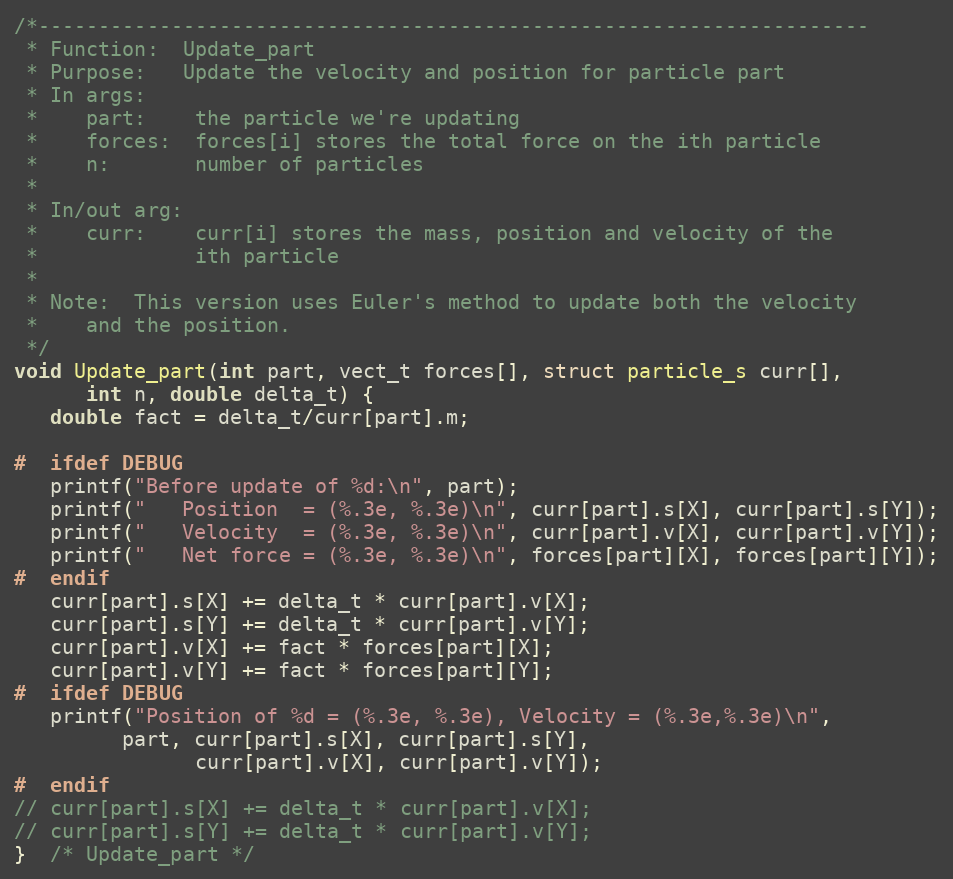
Language: C
/*---------------------------------------------------------------------
 * Function:  Update_part
 * Purpose:   Update the velocity and position for particle part
 * In args:
 *    part:    the particle we're updating
 *    forces:  forces[i] stores the total force on the ith particle
 *    n:       number of particles
 *
 * In/out arg:
 *    curr:    curr[i] stores the mass, position and velocity of the
 *             ith particle
 *
 * Note:  This version uses Euler's method to update both the velocity
 *    and the position.
 */
void Update_part(int part, vect_t forces[], struct particle_s curr[],
      int n, double delta_t) {
   double fact = delta_t/curr[part].m;

#  ifdef DEBUG
   printf("Before update of %d:\n", part);
   printf("   Position  = (%.3e, %.3e)\n", curr[part].s[X], curr[part].s[Y]);
   printf("   Velocity  = (%.3e, %.3e)\n", curr[part].v[X], curr[part].v[Y]);
   printf("   Net force = (%.3e, %.3e)\n", forces[part][X], forces[part][Y]);
#  endif
   curr[part].s[X] += delta_t * curr[part].v[X];
   curr[part].s[Y] += delta_t * curr[part].v[Y];
   curr[part].v[X] += fact * forces[part][X];
   curr[part].v[Y] += fact * forces[part][Y];
#  ifdef DEBUG
   printf("Position of %d = (%.3e, %.3e), Velocity = (%.3e,%.3e)\n",
         part, curr[part].s[X], curr[part].s[Y],
               curr[part].v[X], curr[part].v[Y]);
#  endif
// curr[part].s[X] += delta_t * curr[part].v[X];
// curr[part].s[Y] += delta_t * curr[part].v[Y];
}  /* Update_part */